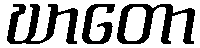
ဃာတော